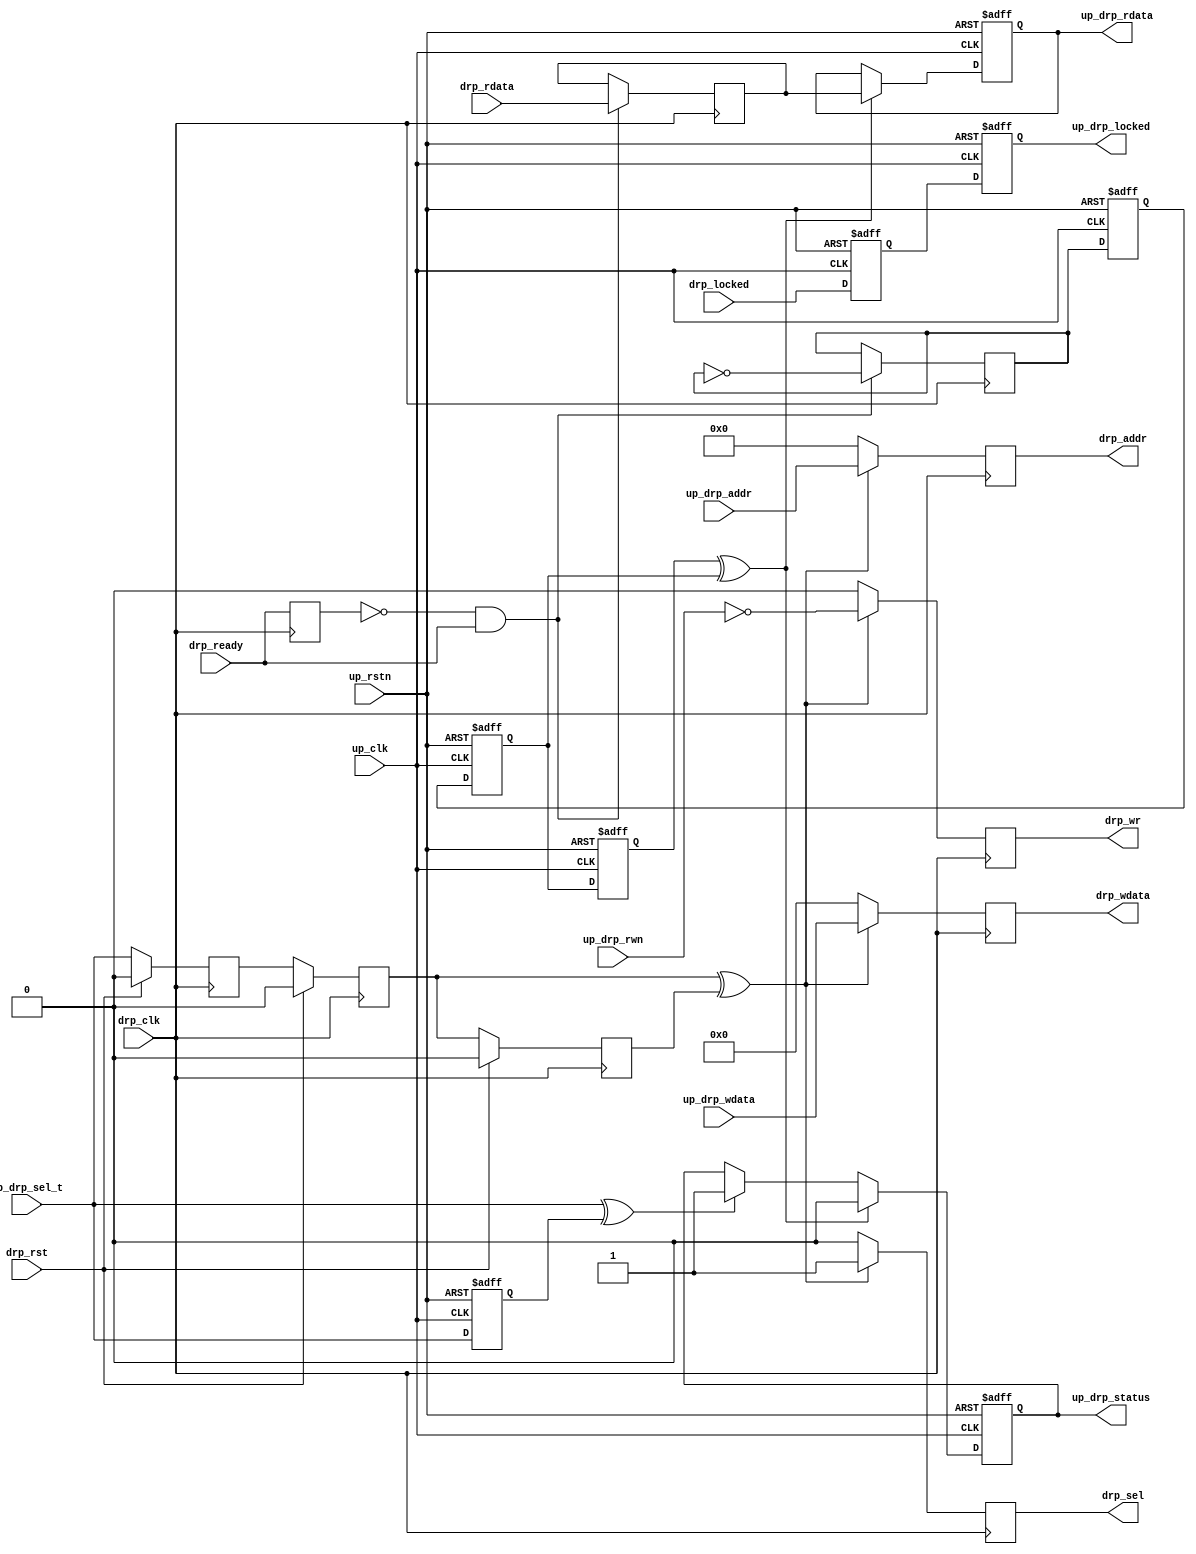
// ***************************************************************************
// ***************************************************************************
// Copyright 2011(c) Analog Devices, Inc.
// 
// All rights reserved.
// 
// Redistribution and use in source and binary forms, with or without modification,
// are permitted provided that the following conditions are met:
//     - Redistributions of source code must retain the above copyright
//       notice, this list of conditions and the following disclaimer.
//     - Redistributions in binary form must reproduce the above copyright
//       notice, this list of conditions and the following disclaimer in
//       the documentation and/or other materials provided with the
//       distribution.
//     - Neither the name of Analog Devices, Inc. nor the names of its
//       contributors may be used to endorse or promote products derived
//       from this software without specific prior written permission.
//     - The use of this software may or may not infringe the patent rights
//       of one or more patent holders.  This license does not release you
//       from the requirement that you obtain separate licenses from these
//       patent holders to use this software.
//     - Use of the software either in source or binary form, must be run
//       on or directly connected to an Analog Devices Inc. component.
//    
// THIS SOFTWARE IS PROVIDED BY ANALOG DEVICES "AS IS" AND ANY EXPRESS OR IMPLIED WARRANTIES,
// INCLUDING, BUT NOT LIMITED TO, NON-INFRINGEMENT, MERCHANTABILITY AND FITNESS FOR A
// PARTICULAR PURPOSE ARE DISCLAIMED.
//
// IN NO EVENT SHALL ANALOG DEVICES BE LIABLE FOR ANY DIRECT, INDIRECT, INCIDENTAL, SPECIAL,
// EXEMPLARY, OR CONSEQUENTIAL DAMAGES (INCLUDING, BUT NOT LIMITED TO, INTELLECTUAL PROPERTY
// RIGHTS, PROCUREMENT OF SUBSTITUTE GOODS OR SERVICES; LOSS OF USE, DATA, OR PROFITS; OR 
// BUSINESS INTERRUPTION) HOWEVER CAUSED AND ON ANY THEORY OF LIABILITY, WHETHER IN CONTRACT,
// STRICT LIABILITY, OR TORT (INCLUDING NEGLIGENCE OR OTHERWISE) ARISING IN ANY WAY OUT OF 
// THE USE OF THIS SOFTWARE, EVEN IF ADVISED OF THE POSSIBILITY OF SUCH DAMAGE.
// ***************************************************************************
// ***************************************************************************
// ***************************************************************************
// ***************************************************************************

`timescale 1ns/100ps

module up_drp_cntrl (

  // drp interface

  drp_clk,
  drp_rst,
  drp_sel,
  drp_wr,
  drp_addr,
  drp_wdata,
  drp_rdata,
  drp_ready,
  drp_locked,

  // processor interface

  up_rstn,
  up_clk,
  up_drp_sel_t,
  up_drp_rwn,
  up_drp_addr,
  up_drp_wdata,
  up_drp_rdata,
  up_drp_status,
  up_drp_locked);

  // drp interface

  input           drp_clk;
  input           drp_rst;
  output          drp_sel;
  output          drp_wr;
  output  [11:0]  drp_addr;
  output  [15:0]  drp_wdata;
  input   [15:0]  drp_rdata;
  input           drp_ready;
  input           drp_locked;

  // processor interface

  input           up_rstn;
  input           up_clk;
  input           up_drp_sel_t;
  input           up_drp_rwn;
  input   [11:0]  up_drp_addr;
  input   [15:0]  up_drp_wdata;
  output  [15:0]  up_drp_rdata;
  output          up_drp_status;
  output          up_drp_locked;

  // internal registers

  reg             drp_sel_t_m1 = 'd0;
  reg             drp_sel_t_m2 = 'd0;
  reg             drp_sel_t_m3 = 'd0;
  reg             drp_sel = 'd0;
  reg             drp_wr = 'd0;
  reg     [11:0]  drp_addr = 'd0;
  reg     [15:0]  drp_wdata = 'd0;
  reg             drp_ready_int = 'd0;
  reg     [15:0]  drp_rdata_int = 'd0;
  reg             drp_ack_t = 'd0;
  reg             up_drp_locked_m1 = 'd0;
  reg             up_drp_locked = 'd0;
  reg             up_drp_ack_t_m1 = 'd0;
  reg             up_drp_ack_t_m2 = 'd0;
  reg             up_drp_ack_t_m3 = 'd0;
  reg             up_drp_sel_t_d = 'd0;
  reg             up_drp_status = 'd0;
  reg     [15:0]  up_drp_rdata = 'd0;

  // internal signals

  wire            drp_sel_t_s;
  wire            up_drp_ack_t_s;
  wire            up_drp_sel_t_s;

  // drp control and status

  assign drp_sel_t_s = drp_sel_t_m2 ^ drp_sel_t_m3;

  always @(posedge drp_clk) begin
    if (drp_rst == 1'b1) begin
      drp_sel_t_m1 <= 'd0;
      drp_sel_t_m2 <= 'd0;
      drp_sel_t_m3 <= 'd0;
    end else begin
      drp_sel_t_m1 <= up_drp_sel_t;
      drp_sel_t_m2 <= drp_sel_t_m1;
      drp_sel_t_m3 <= drp_sel_t_m2;
    end
  end

  always @(posedge drp_clk) begin
    if (drp_sel_t_s == 1'b1) begin
      drp_sel <= 1'b1;
      drp_wr <= ~up_drp_rwn;
      drp_addr <= up_drp_addr;
      drp_wdata <= up_drp_wdata;
    end else begin
      drp_sel <= 1'b0;
      drp_wr <= 1'b0;
      drp_addr <= 12'd0;
      drp_wdata <= 16'd0;
    end
  end

  always @(posedge drp_clk) begin
    drp_ready_int <= drp_ready;
    if ((drp_ready_int == 1'b0) && (drp_ready == 1'b1)) begin
      drp_rdata_int <= drp_rdata;
      drp_ack_t <= ~drp_ack_t;
    end
  end


  // drp status transfer

  assign up_drp_ack_t_s = up_drp_ack_t_m3 ^ up_drp_ack_t_m2;
  assign up_drp_sel_t_s = up_drp_sel_t ^ up_drp_sel_t_d;

  always @(negedge up_rstn or posedge up_clk) begin
    if (up_rstn == 1'b0) begin
      up_drp_locked_m1 <= 'd0;
      up_drp_locked <= 'd0;
      up_drp_ack_t_m1 <= 'd0;
      up_drp_ack_t_m2 <= 'd0;
      up_drp_ack_t_m3 <= 'd0;
      up_drp_sel_t_d <= 'd0;
      up_drp_status <= 'd0;
      up_drp_rdata <= 'd0;
    end else begin
      up_drp_locked_m1 <= drp_locked;
      up_drp_locked <= up_drp_locked_m1;
      up_drp_ack_t_m1 <= drp_ack_t;
      up_drp_ack_t_m2 <= up_drp_ack_t_m1;
      up_drp_ack_t_m3 <= up_drp_ack_t_m2;
      up_drp_sel_t_d <= up_drp_sel_t;
      if (up_drp_ack_t_s == 1'b1) begin
        up_drp_status <= 1'b0;
      end else if (up_drp_sel_t_s == 1'b1) begin
        up_drp_status <= 1'b1;
      end
      if (up_drp_ack_t_s == 1'b1) begin
        up_drp_rdata <= drp_rdata_int;
      end
    end
  end

endmodule

// ***************************************************************************
// ***************************************************************************